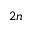
2 n